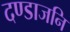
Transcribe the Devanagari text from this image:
दण्डाजनि